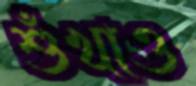
শুঁখাও